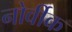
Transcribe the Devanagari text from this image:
नोर्वीक